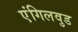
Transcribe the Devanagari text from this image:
एंगिलवुड